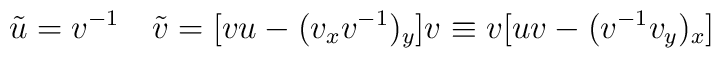
\tilde u=v^{-1}\quad \tilde v=[vu-(v_x v^{-1})_y]v\equiv v [uv-(v^{-1}v_y)_x]